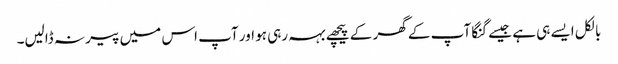
بالکل ایسے ہی ہے جیسے گنگا آپ کے گھر کے پیچھے بہہ رہی ہو اور آپ اس میں پیر نہ ڈالیں۔